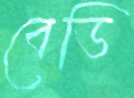
বেডি